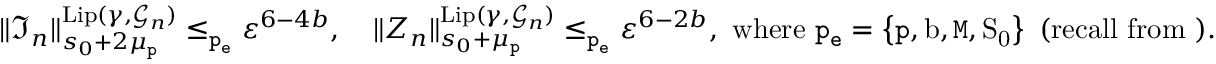
\begin{array} { r } { \rVert \mathfrak { I } _ { n } \rVert _ { s _ { 0 } + 2 \mu _ { \mathtt { p } } } ^ { \mathrm { L i p } ( \gamma , \mathcal { G } _ { n } ) } \le _ { \mathtt { p _ { e } } } \varepsilon ^ { 6 - 4 b } , \quad \rVert Z _ { n } \rVert _ { s _ { 0 } + \mu _ { \mathtt { p } } } ^ { \mathrm { L i p } ( \gamma , \mathcal { G } _ { n } ) } \le _ { \mathtt { p _ { e } } } \varepsilon ^ { 6 - 2 b } , \mathrm { ~ w h e r e ~ \mathtt { p _ e } = \left\{ \mathtt { p } , b , \mathtt { M } , S _ 0 \right\} ~ ( r e c a l l ~ f r o m ~ ) . } } \end{array}